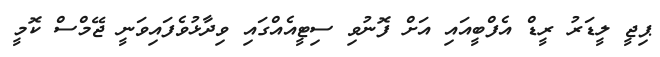
ޕިޖީ ލީޑަރު ރީޑް އެފްބީއައި އަށް ފޮނުވި ސިޓީއެއްގައި ވިދާޅުވެފައިވަނީ ޖޭމްސް ކޮމީ